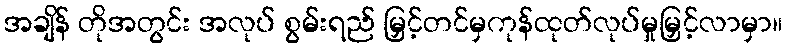
အချိန် တိုအတွင်း အလုပ် စွမ်းရည် မြှင့်တင်မှကုန်ထုတ်လုပ်မှုမြှင့်လာမှာ။